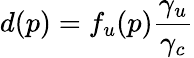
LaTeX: d(p)=f_{u}(p){\frac{\gamma_{u}}{\gamma_{c}}}